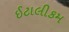
ઈટાલીકમ